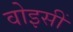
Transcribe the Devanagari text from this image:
वोइसीं